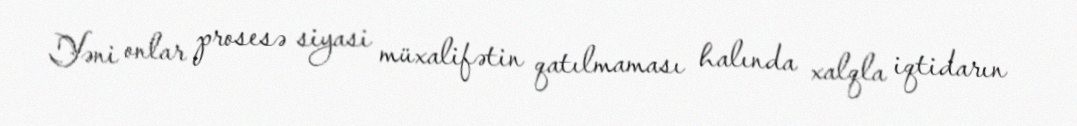
Yəni onlar prosesə siyasi müxalifətin qatılmaması halında xalqla iqtidarın